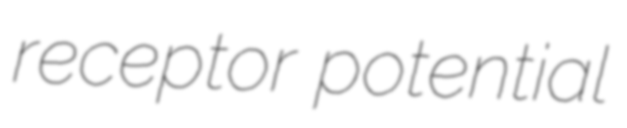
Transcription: receptor potential